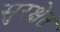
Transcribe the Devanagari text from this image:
सुरक्षेत